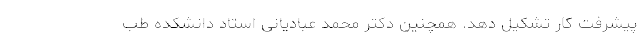
پیشرفت کار تشکیل دهد. همچنین دکتر محمد عبادیانی استاد دانشکده طب